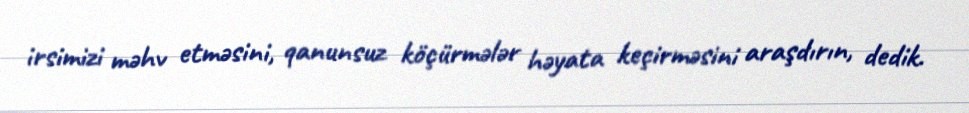
irsimizi məhv etməsini, qanunsuz köçürmələr həyata keçirməsini araşdırın, dedik.